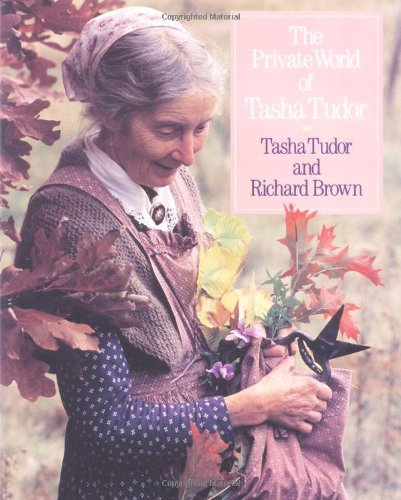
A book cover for The Private World of Tasha Tudor; Crafts, Hobbies & Home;